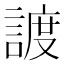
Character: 𧩧